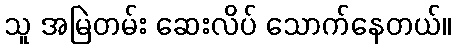
သူ အမြဲတမ်း ဆေးလိပ် သောက်နေတယ်။